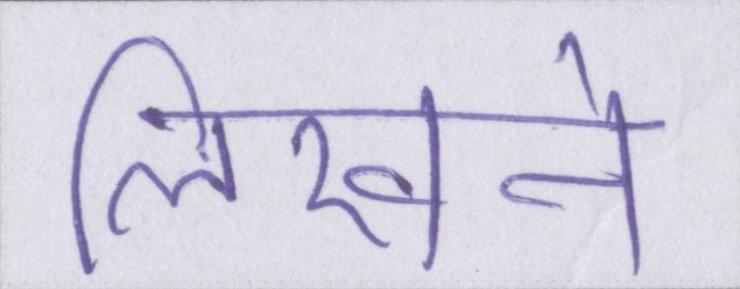
लिखने